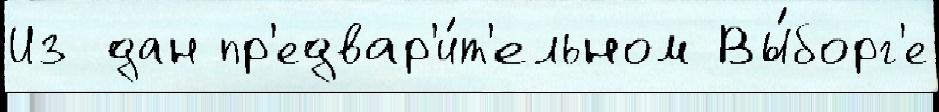
Из дан пр'едвар'и́т'ельном Вы́борг'е